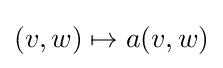
(v,w)\mapsto a(v,w)